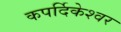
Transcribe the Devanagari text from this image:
कपर्दिकेश्वर